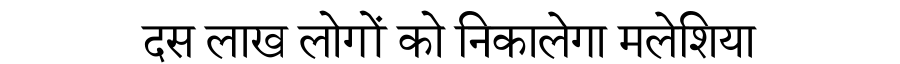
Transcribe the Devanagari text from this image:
दस लाख लोगों को निकालेगा मलेशिया